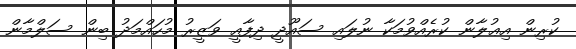
ކުރިން އިޢުލާން ކުރެއްވުމަކާ ނުލައި ސައޫދީ ދިފާއީ ވަޒީރު މުހައްމަދު ބިން ސަލްމާން